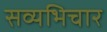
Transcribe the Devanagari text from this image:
सव्यभिचार